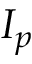
I _ { p }